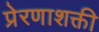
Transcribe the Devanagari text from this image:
प्रेरणाशक्ती